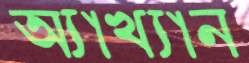
অ্যাখ্যান